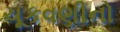
ચૂકવણીનો